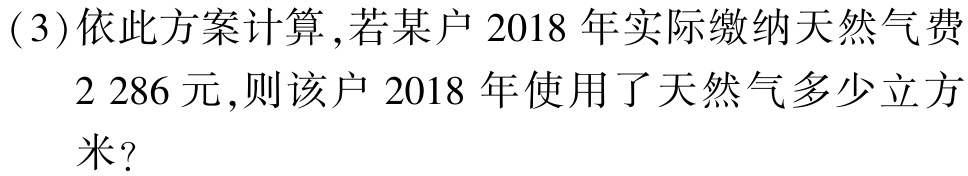
(3)依此方案计算,若某户2018年实际缴纳天然气费

$2 286$元,则该户2018年使用了天然气多少立方

米?